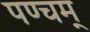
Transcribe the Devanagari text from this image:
पण्चम्